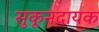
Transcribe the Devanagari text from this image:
सुकूनदायक